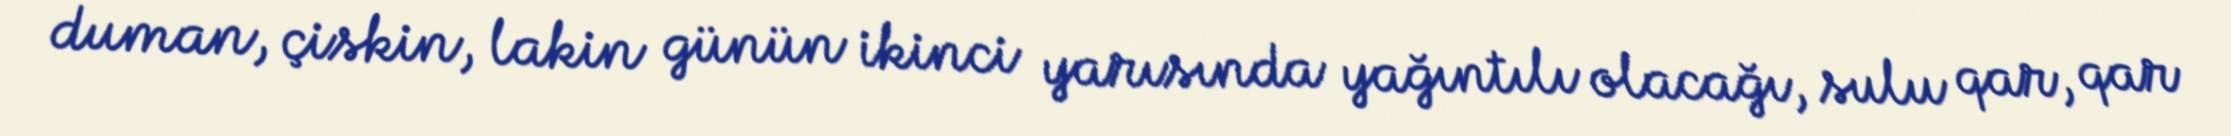
duman, çiskin, lakin günün ikinci yarısında yağıntılı olacağı, sulu qar, qar